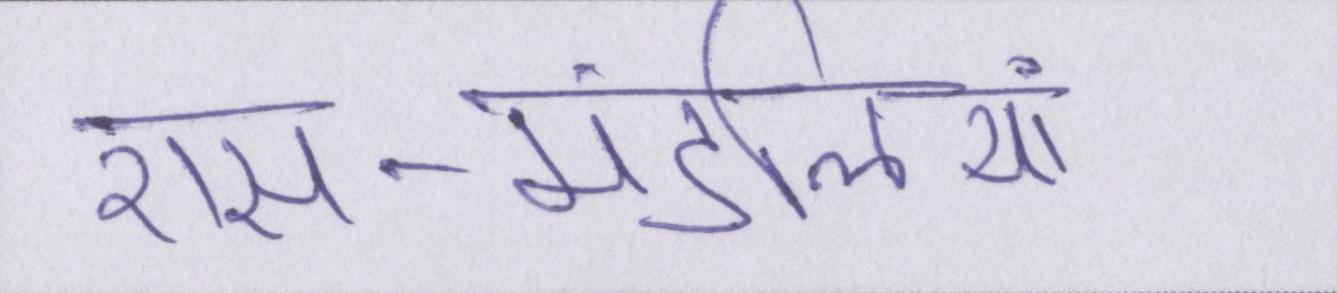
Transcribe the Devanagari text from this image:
रास-मंडलियां